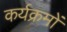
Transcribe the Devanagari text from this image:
कर्यक्रमों